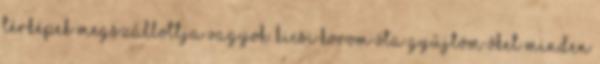
térképek megszállottja vagyok. Kicsi korom óta gyűjtöm őket minden